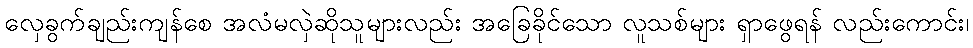
လှေခွက်ချည်းကျန်စေ အလံမလှဲဆိုသူများလည်း အခြေခိုင်သော လူသစ်များ ရှာဖွေရန် လည်းကောင်း၊